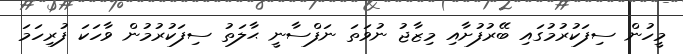
މީހުން ސިފަކުރުމުގައި ބޭރުފުށާއި މިޒާޖު ނުވަތަ ނަފްސާނީ ޙާލަތު ސިފަކުރުމުން ވާހަކަ ފުރިހަމަ